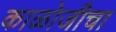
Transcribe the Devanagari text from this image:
काळोजीचा